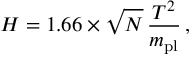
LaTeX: H = 1 . 6 6 \times \sqrt { N } \, \frac { T ^ { 2 } } { m _ { \mathrm { p l } } } \, ,